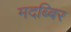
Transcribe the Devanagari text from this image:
मदब्बिर